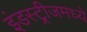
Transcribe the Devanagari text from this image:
इंडस्ट्रीजमध्ये